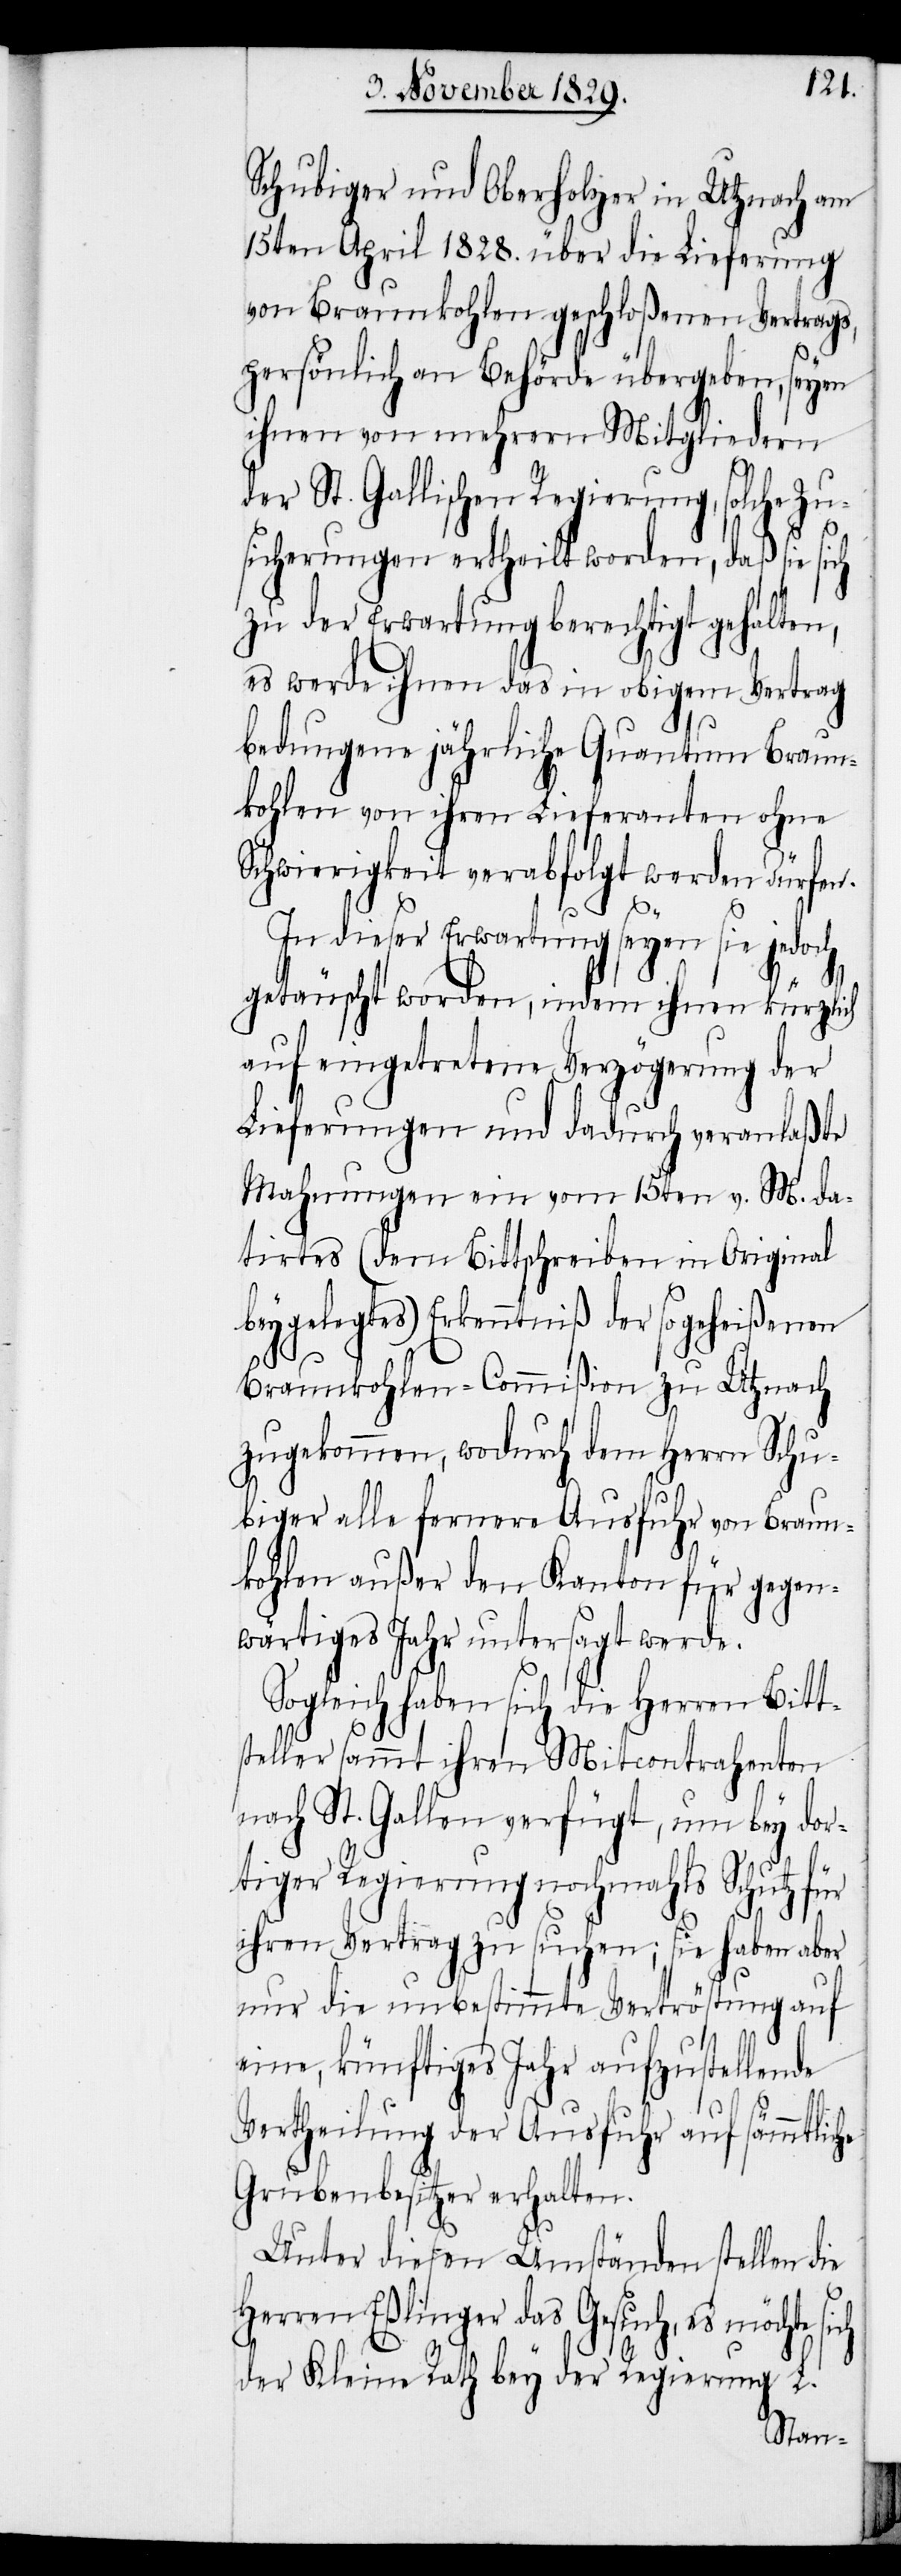
Schubiger und Oberholzer in Utznach am
15ten April 1828. über die Lieferung
von Braunkohlen geschloßenen Vertrags,
persönlich an Behörde übergeben, seyen
ihnen von mehrern Mitgliedern
der St. Gallischen Regierung, solche Zu¬
sicherungen ertheilt worden, daß sie sich
zu der Erwartung berechtigt gehalten,
es werde ihnen das in obigem Vertrag
bedungene jährliche Quantum Braun¬
kohlen von ihren Lieferanten ohne
Schwierigkeit verabfolgt werden dürfen.
he
In dieser Erwartung seyen sie jedoch
getäuscht worden, indem ihnen kürzlich
auf eingetretene Verzögerung der
Lieferungen und dadurch veranlaßte
Mahnungen ein vom 15ten v. M. da¬
tirtes (dem Bittschreiben in Original
beygelegtes) Erkenntniß der so geheißenen
Braunkohlen-Commißion zu Utznach
zugekommen, wodurch dem Herrn Schu¬
biger alle fernere Ausfuhr von Braun¬
kohlen außer den Kanton für gegen¬
wärtiges Jahr untersagt werde.
Sogleich haben sich die Herren Bitt¬
steller sammt ihren Mitcontrahenten
nach St. Gallen verfügt, um bey dor¬
tiger Regierung nochmahls Schutz für
ihren Vertrag zu suchen; sie haben aber
nur die unbestimmte Vertröstung auf
eine, künftiges Jahr aufzustellende
Vertheilung der Ausfuhr auf sämmtlic¬
Grubenbesitzer erhalten.
Unter diesen Umständen stellen die
Herren Eßlinger das Gesuch, es möchte
der Kleine Rath bey der Regierung L.